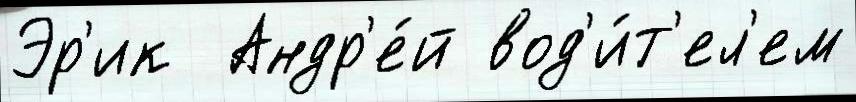
Эр'ик  Андр'е́й вод'и́т'ел'ем